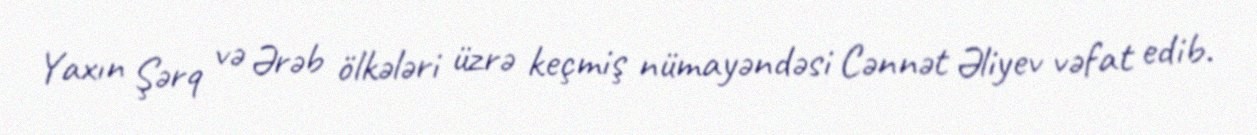
Yaxın Şərq və Ərəb ölkələri üzrə keçmiş nümayəndəsi Cənnət Əliyev vəfat edib.